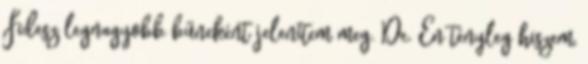
Fidesz legnagyobb bűneként jelenítem meg. De. Én tényleg hiszem,